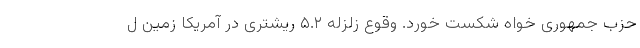
حزب جمهوری خواه شکست خورد. وقوع زلزله ۵.۲ ریشتری در آمریکا زمین ل